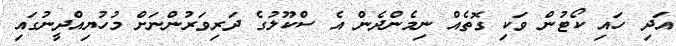
އަދި ހައި ކޯޓުން ވަކި ގޮތެއް ނިމެންދެން އެ ސްކޫލުގެ ދަރިވަރުންނަށް މުހުޔިއްދީނުގައި